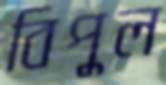
বিপুল